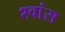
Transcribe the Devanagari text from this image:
श्‍वांस